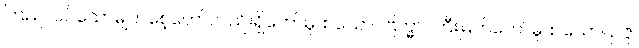
ကြည်လင်သောမျက်စေ့တော်လည်းရှိတော်မူထသော။ ဗြဟ္မာ၊ ကြီးမြတ်တော်မူထသော။ ဥဇူ၊